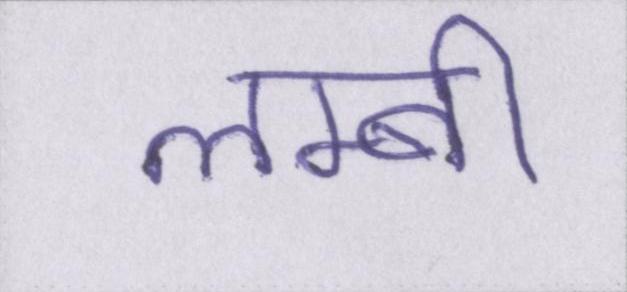
लम्बी